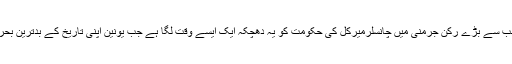
يورپی يونين کے سب سے بڑے رکن جرمنی ميں چانسلرميرکل کی حکومت کو يہ دھچکہ ايک ايسے وقت لگا ہے جب يونين اپنی تاريخ کے بدترين بحران سے دوچار ہے۔